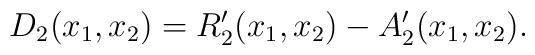
D_2(x_1,x_2)=R_2^{\prime}(x_1,x_2)-A_2^{\prime}(x_1,x_2).